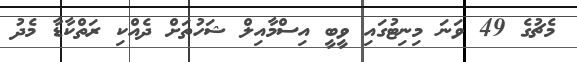
މެޗުގެ 49 ވަނަ މިނިޓުގައި ވީބީ އިސްމާއިލް ޝަހުތަށް ދެއްކި ރަތްކާޑާ މެދު